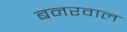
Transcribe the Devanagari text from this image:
बनरवाल